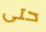
حتى